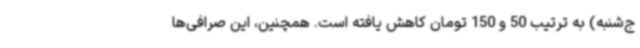
ج‌شنبه) به ترتیب 50 و 150 تومان کاهش یافته است. همچنین، این صرافی‌ها